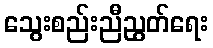
သွေးစည်းညီညွတ်ရေး